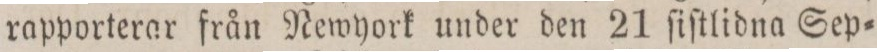
rapporterar från Newyork under den 21 ſiſtlidna Sep=